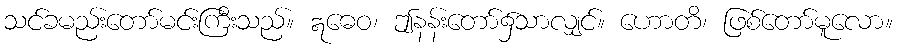
သင်ခမည်းတော်မင်းကြီးသည်။ ဣဓေဝ၊ ဤနန်းတော်၌သာလျှင်။ ဟောတိ၊ ဖြစ်တော်မူလော။